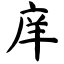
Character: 庠